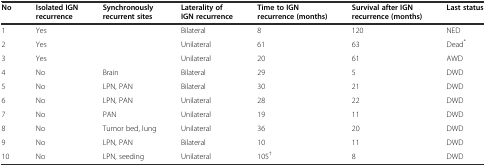
<table><thead><tr><td><b>No</b></td><td><b>Isolated IGN recurrence</b></td><td><b>Synchronously recurrent sites</b></td><td><b>Laterality of IGN recurrence</b></td><td><b>Time to IGN recurrence (months)</b></td><td><b>Survival after IGN recurrence (months)</b></td><td><b>Last status</b></td></tr></thead><tbody><tr><td>1</td><td>Yes</td><td></td><td>Bilateral</td><td>8</td><td>120</td><td>NED</td></tr><tr><td>2</td><td>Yes</td><td></td><td>Unilateral</td><td>61</td><td>63</td><td>Dead<sup>*</sup></td></tr><tr><td>3</td><td>Yes</td><td></td><td>Unilateral</td><td>20</td><td>61</td><td>AWD</td></tr><tr><td>4</td><td>No</td><td>Brain</td><td>Bilateral</td><td>29</td><td>5</td><td>DWD</td></tr><tr><td>5</td><td>No</td><td>LPN, PAN</td><td>Bilateral</td><td>30</td><td>21</td><td>DWD</td></tr><tr><td>6</td><td>No</td><td>LPN, PAN</td><td>Unilateral</td><td>28</td><td>22</td><td>DWD</td></tr><tr><td>7</td><td>No</td><td>PAN</td><td>Unilateral</td><td>19</td><td>11</td><td>DWD</td></tr><tr><td>8</td><td>No</td><td>Tumor bed, lung</td><td>Unilateral</td><td>36</td><td>20</td><td>DWD</td></tr><tr><td>9</td><td>No</td><td>LPN, PAN</td><td>Bilateral</td><td>10</td><td>11</td><td>DWD</td></tr><tr><td>10</td><td>No</td><td>LPN, seeding</td><td>Unilateral</td><td>105<sup>†</sup></td><td>8</td><td>DWD</td></tr></tbody></table>